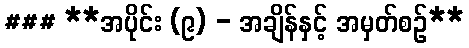
### **အပိုင်း (၉) - အချိန်နှင့် အမှတ်စဉ်**